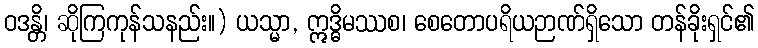
ဝဒန္တိ၊ ဆိုကြကုန်သနည်း။) ယသ္မာ, ဣဒ္ဓိမဿစ၊ စေတောပရိယဉာဏ်ရှိသော တန်ခိုးရှင်၏